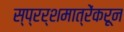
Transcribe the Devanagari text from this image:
स्प्रर्शमात्रेंकरून